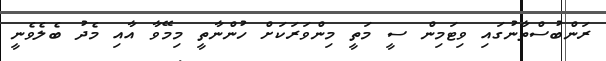
ރަންބުސްތާނުގައި ވިޓަމިން ސީ މަތީ މިންވަރަކަށް ހުންނާތީ މިމޭވާ އާއި މެދު ބެލެވެނީ